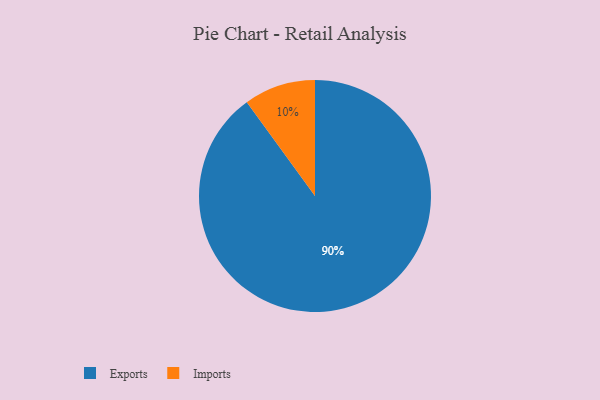
{"axis": {"x": "Category", "y": "Percentage"}, "legend": ["Exports", "Imports"], "data": [{"x": "Imports", "y": 10, "type": "Imports"}, {"x": "Exports", "y": 90, "type": "Exports"}]}